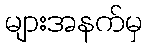
များအနက်မှ